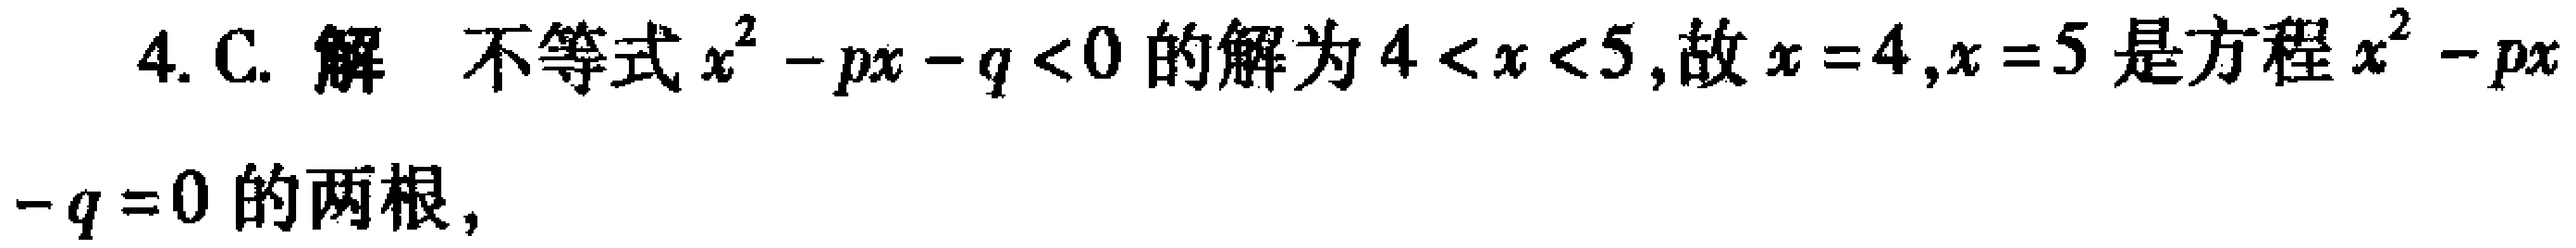
4. C. 解 不等式\(x^{2}-px - q<0\)的解为\(4<x<5\),故\(x = 4,x = 5\)是方程\(x^{2}-px - q = 0\)的两根，